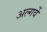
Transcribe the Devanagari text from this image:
अल्गर्वे